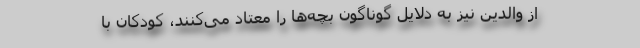
از والدین نیز به دلایل گوناگون بچه‌ها را معتاد می‌کنند، کودکان با